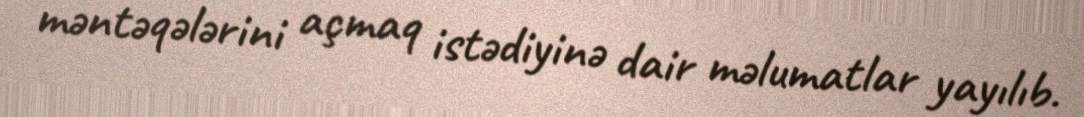
məntəqələrini açmaq istədiyinə dair məlumatlar yayılıb.